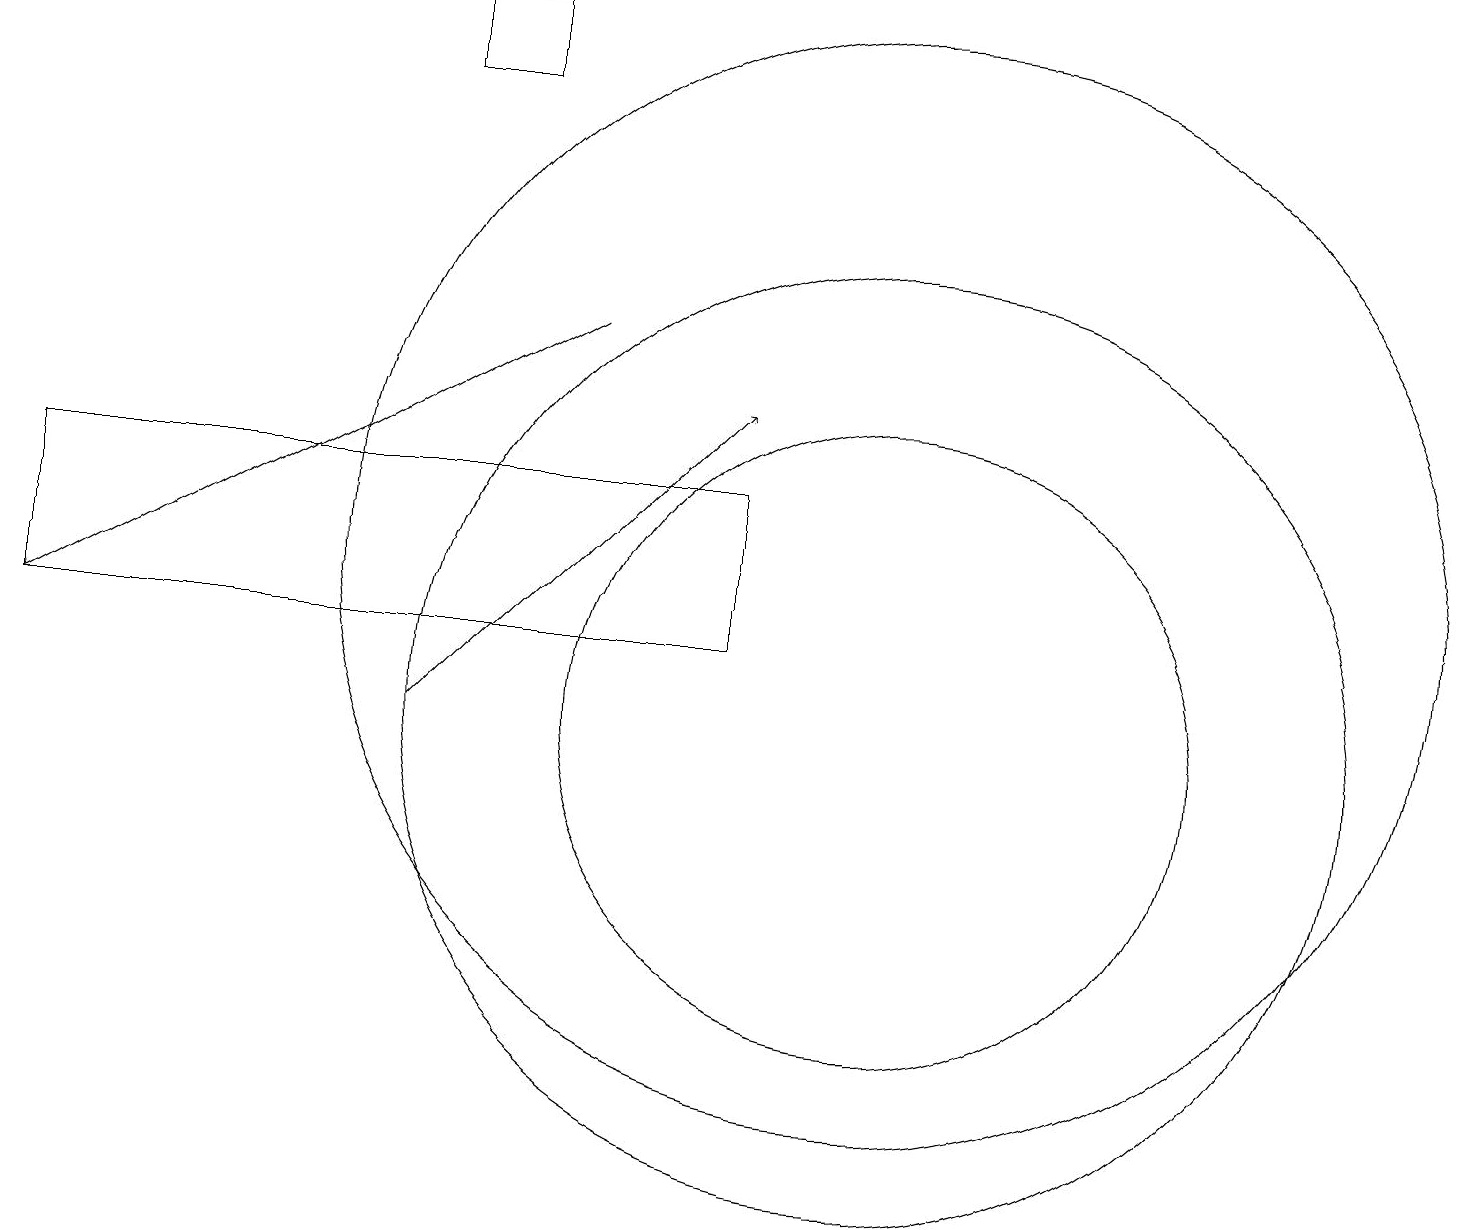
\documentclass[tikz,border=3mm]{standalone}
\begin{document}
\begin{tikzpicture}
\draw (5,19) rectangle (6,18);
\draw[->] (7,15) -- (0,11);
\draw (9,13) rectangle (0,11);
\draw (11,12) circle (7);
\draw (11,10) circle (4);
\draw[->] (5,10) -- (9,14);
\draw (11,10) circle (6);
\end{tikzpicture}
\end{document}